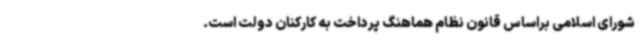
شورای اسلامی براساس قانون نظام هماهنگ پرداخت به کارکنان دولت است.